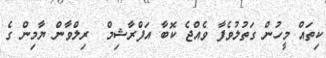
ކިތައް މީހުން ގަތުލުވެފާ ވެއްޖެ ކޮބާ އަފްރާޝިމް  ރިލްވާން ޔާމިން ގެ